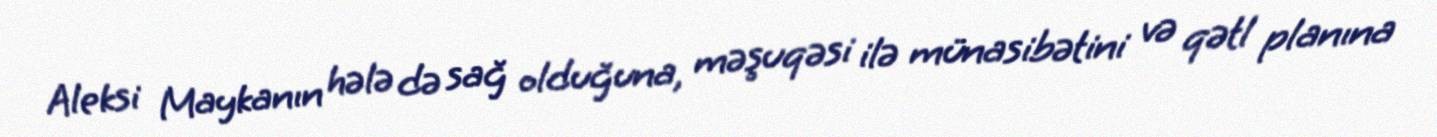
Aleksi Maykanın hələ də sağ olduğuna, məşuqəsi ilə münasibətini və qətl planına